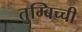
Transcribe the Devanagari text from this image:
तुम्बिच्ची